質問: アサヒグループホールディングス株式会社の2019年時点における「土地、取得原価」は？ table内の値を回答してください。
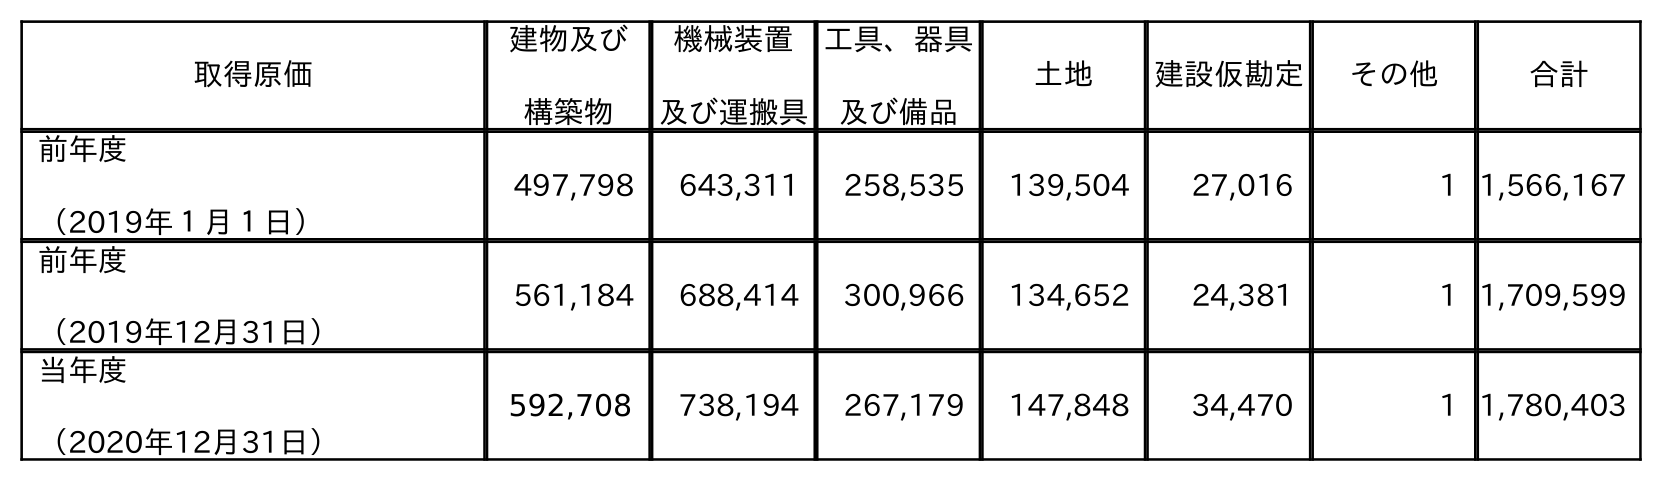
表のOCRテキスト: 取得原価 建物及び 構築物 機械装置 及び運搬具 工具、器具 及び備品 土地 建設仮勘定 その他 合計 前年度 （2019年１月１日） 497,798 643,311 258,535 139,504 27,016 1 1,566,167 前年度 （2019年12月31日） 561,184 688,414 300,966 134,652 24,381 1 1,709,599 当年度 （2020年12月31日） 592,708 738,194 267,179 147,848 34,470 1 1,780,403
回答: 134,652